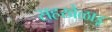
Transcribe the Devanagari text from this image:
सहखेळाडू